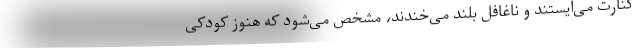
کنارت می‌ایستند و ناغافل بلند می‌خندند، مشخص می‌شود که هنوز کودکی